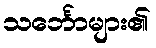
သင်္ဘောများ၏